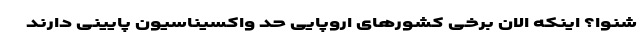
شنوا؟ اینکه الان برخی کشورهای اروپایی حد واکسیناسیون پایینی دارند